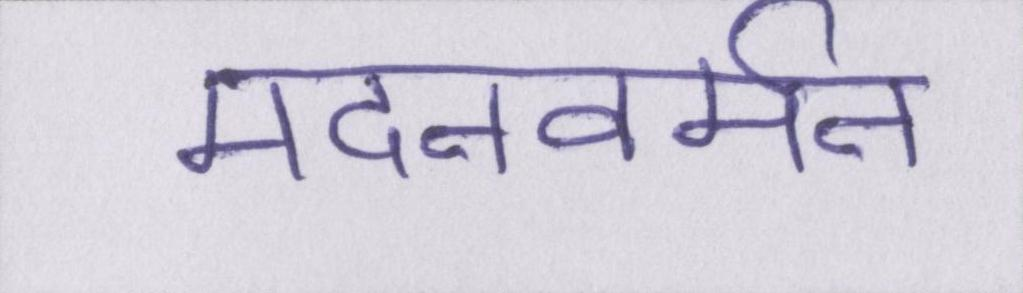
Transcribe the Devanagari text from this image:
मदनवर्मन